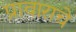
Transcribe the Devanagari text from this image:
प्रावाराचे